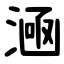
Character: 㴠